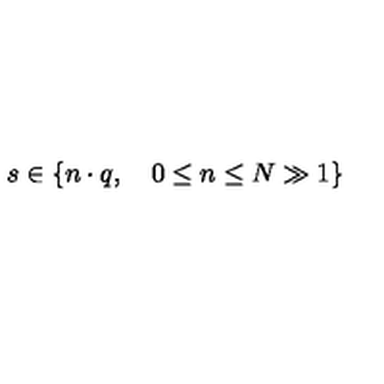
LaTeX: s \in \{ n \cdot q , \quad 0 \leq n \leq N \gg 1 \}